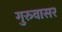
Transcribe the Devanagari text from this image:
गुरुवासर